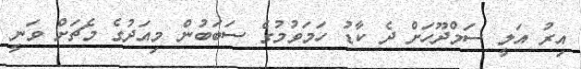
އިރު އަލީ ސަމްދޫހަށް ދެ ކާޑު ހަމަވުމުގެ ސަބަބުން މިއަދުގެ މެޗަށް ވަނީ